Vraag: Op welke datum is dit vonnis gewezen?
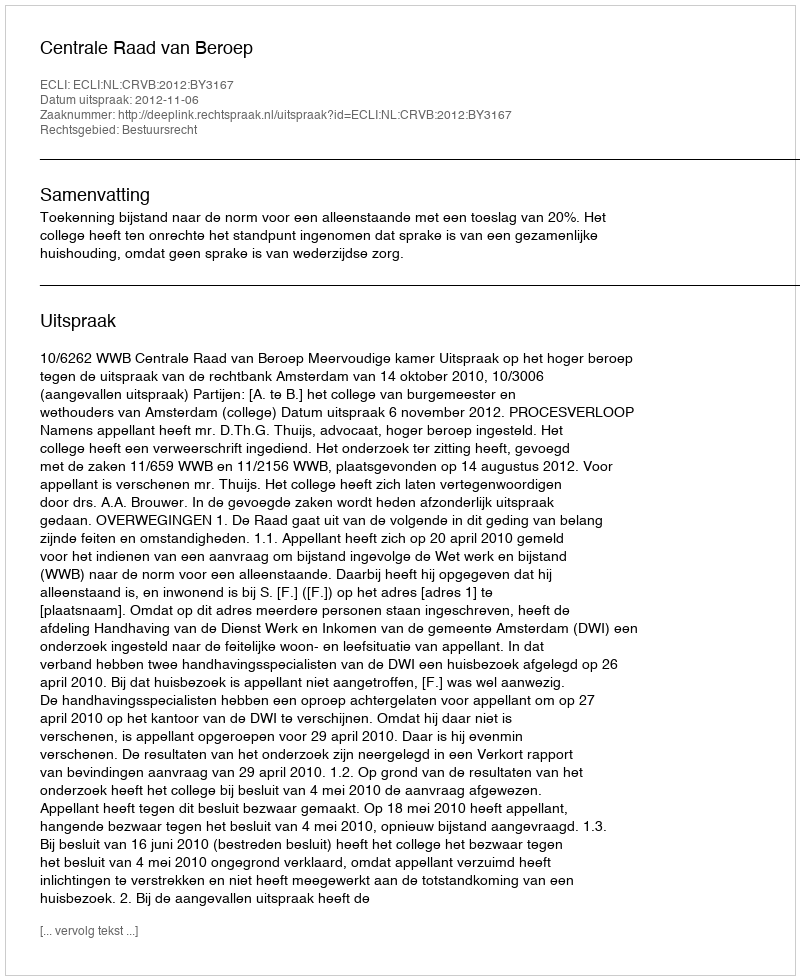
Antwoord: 2012-11-06